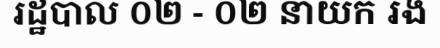
រដ្ឋបាល ០២ - ០២ នាយក រង